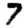
Digit: 7